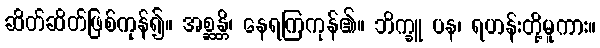
ဆိတ်ဆိတ်ဖြစ်ကုန်၍။ အစ္ဆန္တိ၊ နေရကြကုန်၏။ ဘိက္ခူ ပန၊ ရဟန်းတို့မူကား။